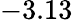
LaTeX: -3.13